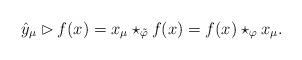
LaTeX: \begin{gather*}\hat{y}_\mu\rhd f(x)=x_\mu\star_{\tilde{\varphi}} f(x)=f(x)\star_\varphi x_\mu.\end{gather*}